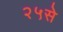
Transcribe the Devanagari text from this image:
२५से